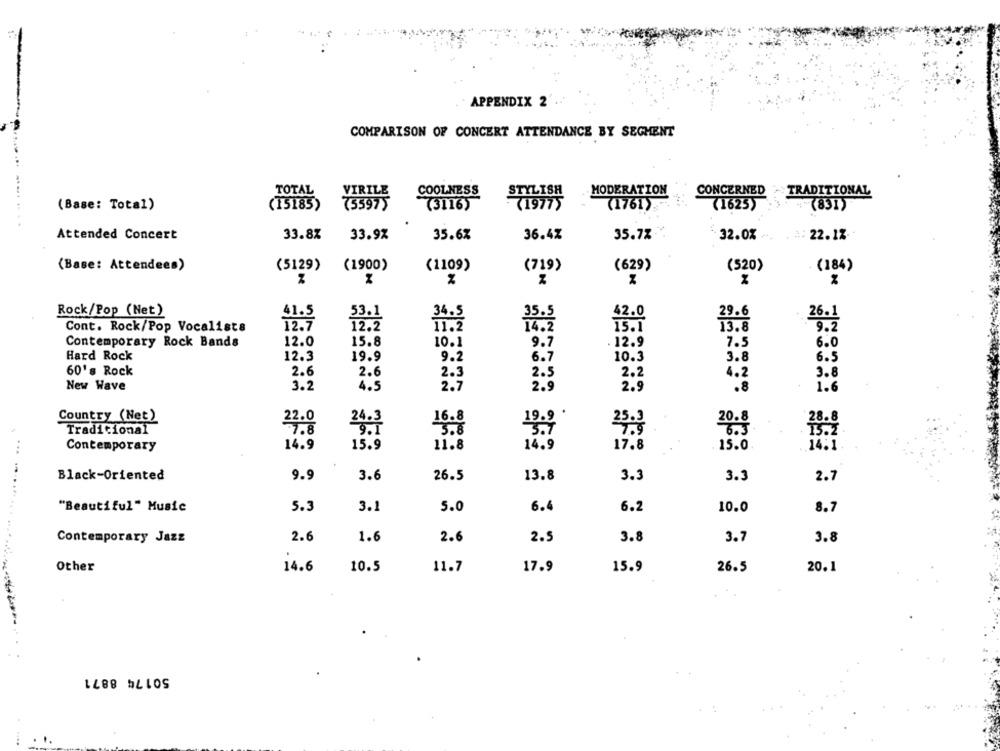
APPENDIX 2
COMPARISON OF CONCERT ATTENDANCE BY SEGHENT
TOTAL
COOLNESS
STYLISH
MODERATION
CONCERNED
TRADITIONAL
(Base: Total)
(15185)
733975
(3116)
(19775
(1761).
(1625)
+ (831)
Attended Concert
33.8%
33.9%
35.6%
36.4%
35.7%
32.0%
22.12
(Base: Attendees)
(5129)
(1900)
(1109)
(719)
(629)
(520)
(184)
Rock/Pop (Net)
4.2.0
26.1
Cont. Rock/Pop Vocalists
12.2
11.2
Contemporary Rock Bands
12.0
15.8
10.1
9.7
12.9
7.5
6.0
Hard Rock
12.3
19.9
9.2
6.7
10.3
3.8
6.5
60's Rock
2.6
2.6
2.3
3.8
2 . 2
New Wave
3.2
4.5
2.7
2:3
2.9
1.6
ESE
Country (Net)
22.0
Traditional
3.8
25.3
Contemporary
14.9
15.9
11.8
14.9
17.8
15.0
Black-Oriented
9.9
3.6
26.5
13.8
3.3
3.3
2.7
"Beautiful" Music
5.3
3.1
5.0
6.
6.2
10.0
8.7
Contemporary Jazz
2.6
1.6
2.6
2.5
3.8
3.7
3.8
Other
14.6
10.5
11.7
17.9
15.9
26.5
20.1
1488 ELLOS
1.